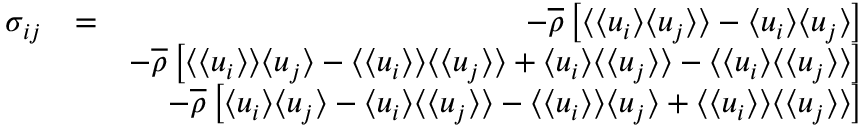
\begin{array} { r l r } { \sigma _ { i j } } & { = } & { - \overline { { \rho } } \left[ \langle { \langle u _ { i } \rangle \langle u _ { j } \rangle } \rangle - \langle u _ { i } \rangle \langle u _ { j } \rangle \right] } \\ & { } & { - \overline { { \rho } } \left[ \langle \langle u _ { i } \rangle \rangle \langle u _ { j } \rangle - \langle \langle u _ { i } \rangle \rangle \langle \langle u _ { j } \rangle \rangle + \langle u _ { i } \rangle \langle \langle u _ { j } \rangle \rangle - \langle \langle u _ { i } \rangle \langle \langle u _ { j } \rangle \rangle \right] } \\ & { } & { - \overline { { \rho } } \left[ \langle u _ { i } \rangle \langle u _ { j } \rangle - \langle u _ { i } \rangle \langle \langle u _ { j } \rangle \rangle - \langle \langle u _ { i } \rangle \rangle \langle u _ { j } \rangle + \langle \langle u _ { i } \rangle \rangle \langle \langle u _ { j } \rangle \rangle \right] } \end{array}